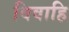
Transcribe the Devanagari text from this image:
विवाहि